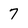
Character: 7